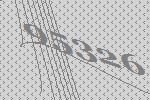
95326